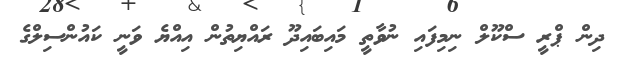
ދިން ޕްރީ ސްކޫލް ނިމިފައި ނުވާތީ މައިބައިދޫ ރައްޔިތުން އިއްޔެ ވަނީ ކައުންސިލްގެ